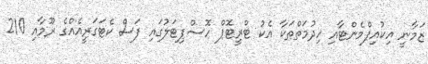
ޒަމާނީ އިކުއިޕްމެންޓާއި ހިދުމަތްތަކާ އެކު ޓްރީޓޮޕް ހޮސްޕިޓަލުގައި ފަސް ކެޓަގަރީއެއްގެ ރޫމާއި 210